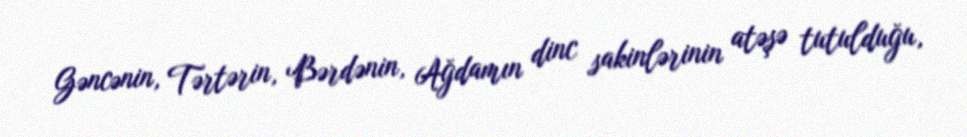
Gəncənin, Tərtərin, Bərdənin, Ağdamın dinc sakinlərinin atəşə tutulduğu,